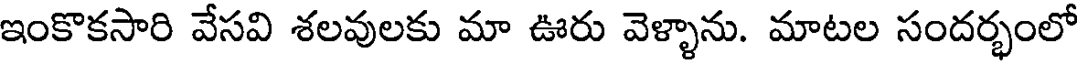
ఇంకొకసారి వేసవి శలవులకు మా ఊరు వెళ్ళాను. మాటల సందర్భంలో